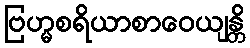
ဗြဟ္မစရိယာစာဝေယျန္တိ